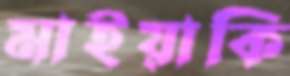
মাইয়াকি